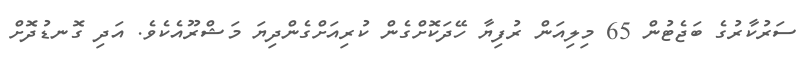
ސަރުކާރުގެ ބަޖެޓުން 65 މިލިއަން ރުފިޔާ ހޭދަކޮށްގެން ކުރިއަށްގެންދިޔަ މަޝްރޫއެކެވެ. އަދި ގޮނޑުދޮށް